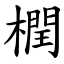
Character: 橍